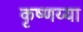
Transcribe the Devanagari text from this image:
कृष्णय्या